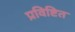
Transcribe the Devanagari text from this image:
प्रविष्टित